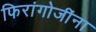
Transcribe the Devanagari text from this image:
फिरांगोजींना